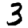
Digit: 3